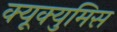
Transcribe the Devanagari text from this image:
क्यूक्युमिस